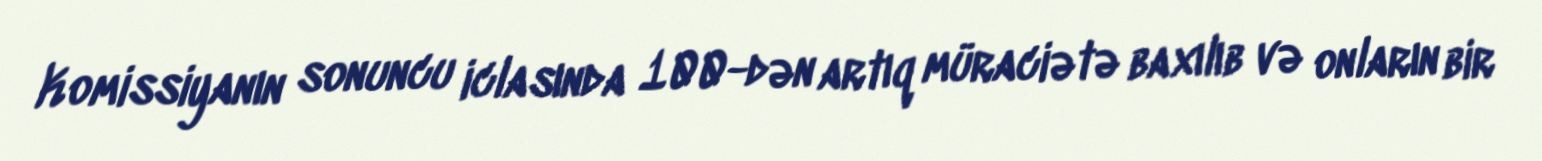
Komissiyanın sonuncu iclasında 100-dən artıq müraciətə baxılıb və onların bir